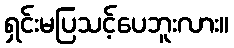
ရှင်းမပြသင့်ပေဘူးလား။